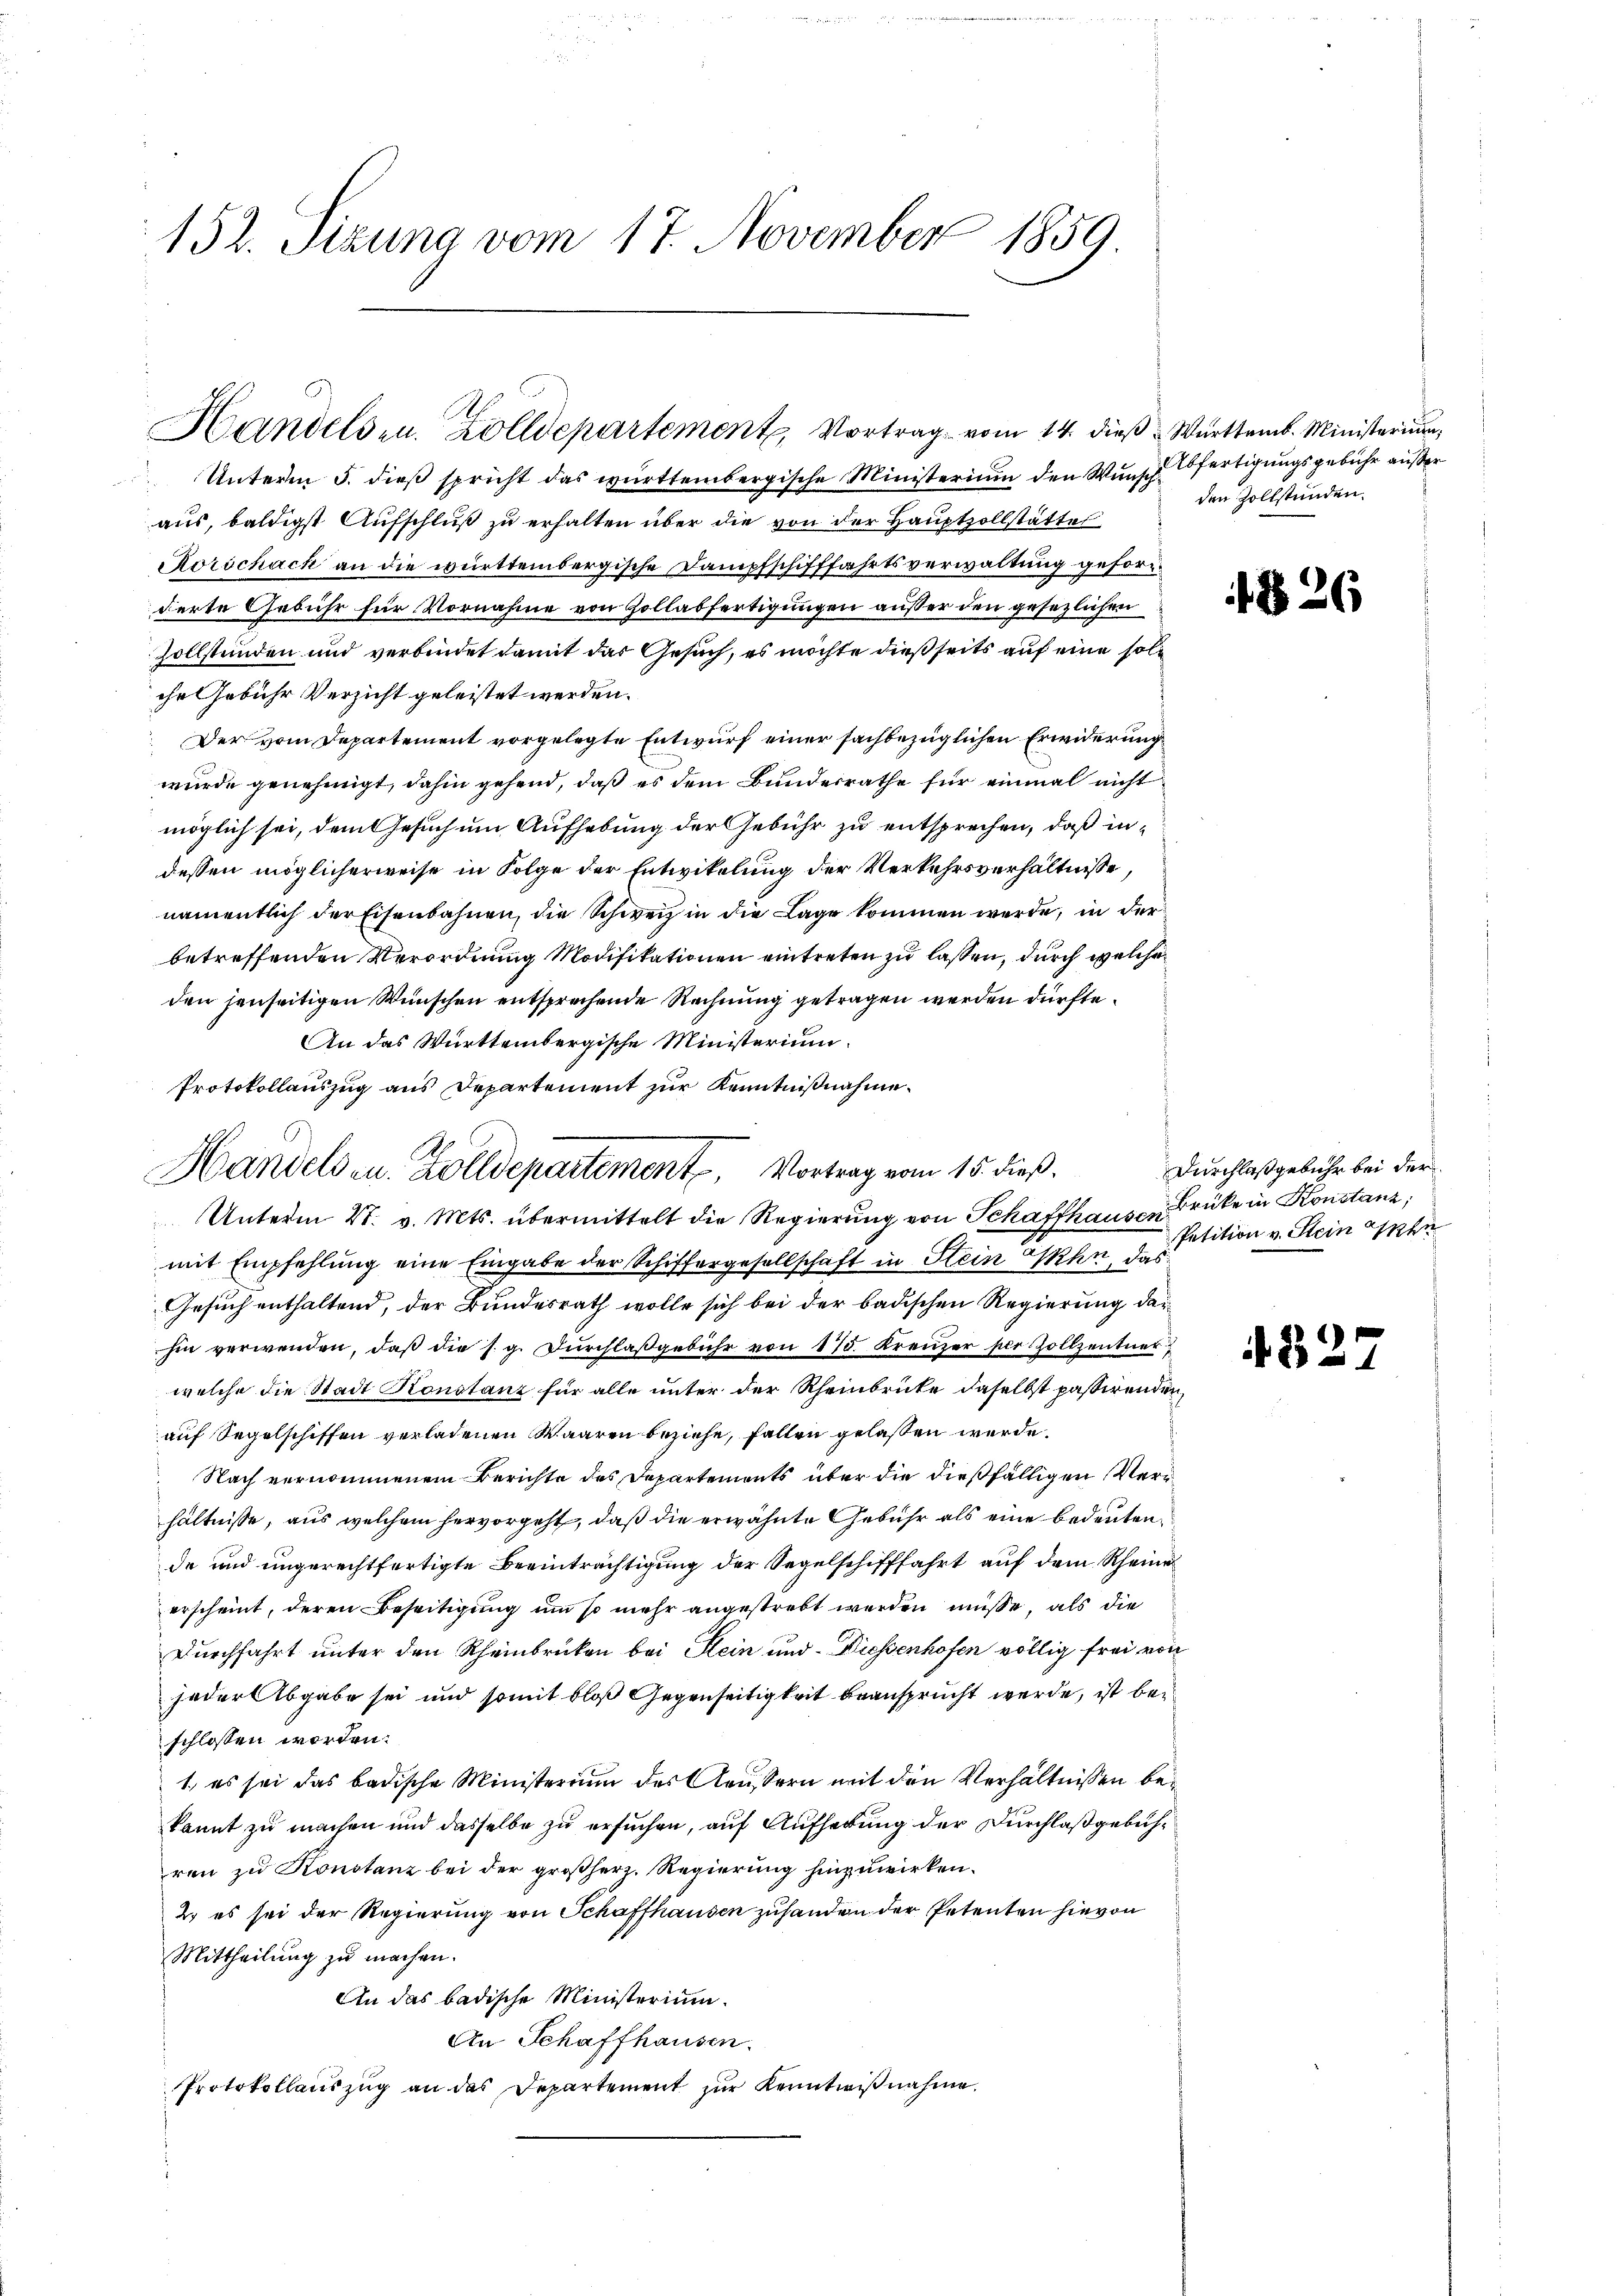
152. Stzung vom 17. November 1859.

Handels- u. Zolldepartement, Vortrag vom 14. dieß. Württemb. Ministerium

Unterm 5. dieß spricht das württembergische Ministerium den Wunsch fertigungsgebühr außer
aus, baldigst Aufschluß zu erhalten über die von der Hauptzollstättes
Korschach an die württembergische Dampfschifffahrtsverwaltung geforderte Gebühr für Vornahme von Zollabfertigungen außer den gesezlichen
Zollständen und verbindet damit das Gesuch, es möchte dießseits auf eine solche Gebühr Versicht geleistet werden.
Der vom Departement vorgelegte Entwurf einer sachbezüglichen Erwiderung
wurde genehmigt, dahin gehend, daß es dem Bundesrathe für einmal nicht
möglich sei, dem Gesuch um Aufhebung der Gebühr zu entsprechen, daß indessen möglicherweise in Folge der Entwikelung der Verkehrsverhältnisse,
namentlich der Eisenbahnen, die Schweiz in die Lage kommen werde, in der
betreffenden Verordnung Modifikationen eintreten zu lassen, durch welche
den jenseitigen Wünschen entsprechende Rechnung getragen werden dürfte.
An das Württembergische Ministerium.
Protokollauszug aus Departement zur Kenntnißnahme.
Unterm 27. v. Mts. übermittelt die Regierung von Schaffhausen Brücke in Konstanz
mit Empfehlung eine Eingabe der Schiffergesellschaft in Hein Ihn, das
Gesuch enthaltend, der Bundesrath wolle sich bei der badischen Regierung darhin verwenden, daß die s. g. Durchlaßgebühr von 175. Kreuzer per Zollzentner
welche die Stadt Konstanz für alle unter der Rheinbrüte daselbst passirenden
auf Segelschiffen verladenen Waaren beziehe, fallen gelassen werde.
Nach vernommenem Berichte des Departements über die dießfälligen Verhältnisse, aus welchem hervorgeht, daß die erwähnte Gebühr als eine bedeuten,
de und ungerechtfertigte Beeinträchtigung der Regelschifffahrt auf dem Rheine
erscheint, deren Beseitigung um so mehr angestrebt werden müsse, als die
Durchfahrt unter den Rheinbrücken bei Kein und Diessenhofen völlig frei von
jeder Abgabe sei und somit bloß Gegenseitigkeit beansprucht werde, ist bei
schlossen worden.
1., es sei das badische Ministerium des Aeussern mit den Verhältnissen bekannt zu machen und dasselbe zu ersuchen, auf Aufhebung der Durchlaßgebühren zu Konstanz bei der großherz. Regierung hinzuwirken.
2. es sei der Regierung von Schaffhausen zuhanden der Petenten hievon
Mittheilung zu machen.
An das badische Ministerium.
An Schaffhausen.
Protokollauszug an das Departement zur Kenntnißnahme.

Handels u. Zolldepartement, Vortrag vom 15. dieß.

den Zollstunden.

2

Durchlaßgebühr bei der
Petition v. Stein ein

482.